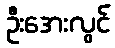
ဦးအေးလွင်